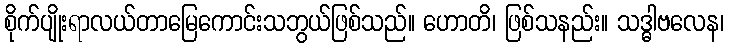
စိုက်ပျိုးရာလယ်တာမြေကောင်းသဘွယ်ဖြစ်သည်။ ဟောတိ၊ ဖြစ်သနည်း။ သဒ္ဓါဗလေန၊